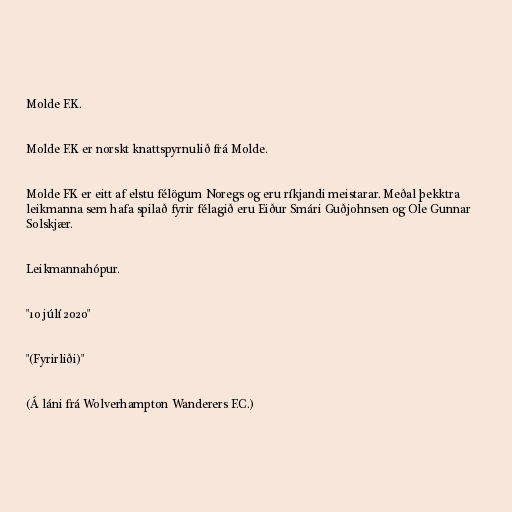
Molde F.K.

Molde F.K er norskt knattspyrnulið frá Molde.

Molde FK er eitt af elstu félögum Noregs og eru ríkjandi meistarar. Meðal þekktra
leikmanna sem hafa spilað fyrir félagið eru Eiður Smári Guðjohnsen og Ole Gunnar
Solskjær.

Leikmannahópur.

"10 júlí 2020"

"(Fyrirliði)"

(Á láni frá Wolverhampton Wanderers F.C.)